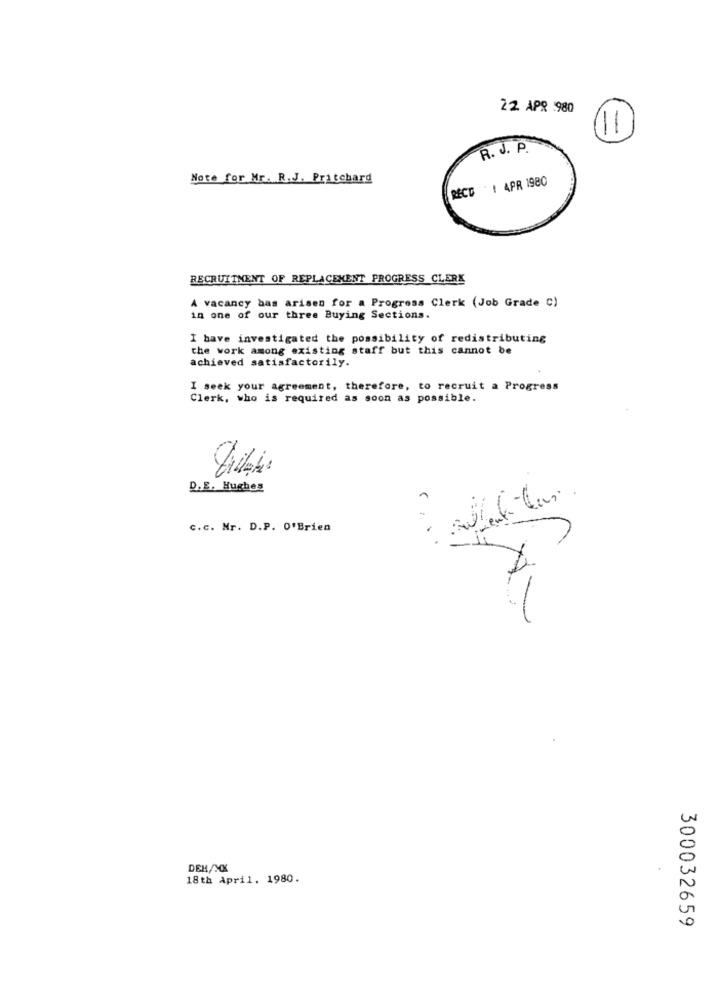
22 APR 980
1-
R. J. P.
Note for Mr. R.J. Pritchard
RECD ! APR 1980
RECRUITMENT OF REPLACEMENT PROGRESS CLERK
A vacancy bas arisen for a Progress Clerk (Job Grade C)
in one of our three Buying Sections.
I have investigated the possibility of redistributing
the work among existing staff but this cannot be
achieved satisfactorily.
I seek your agreement, therefore, to recruit a Progress
Clerk, who is required as soon as possible.
D.E. Hughes
c.c. Nr. D.P. O'Brien
DEH/XX
18th April. 1980.
300032659